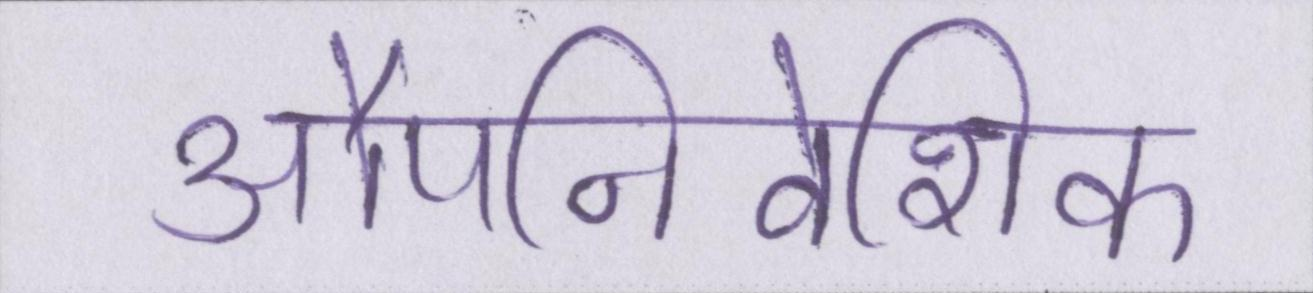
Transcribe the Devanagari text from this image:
औपनिवेशिक